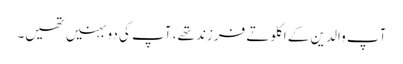
آپ والدین کے اکلوتے فرزند تھے، آپ کی دو بہنیں تھیں۔